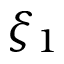
\xi _ { 1 }